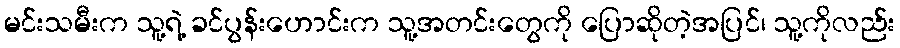
မင်းသမီးက သူ့ရဲ့ ခင်ပွန်းဟောင်းက သူ့အတင်းတွေကို ပြောဆိုတဲ့အပြင်၊ သူ့ကိုလည်း